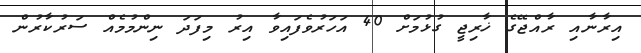
އިރާނާއި ރާއްޖޭގެ ޚާރިޖީ ގުޅުމަށް 40 އަހަރުވެފައިވާ އިރު މިފަދަ ނިންމުމެއް ސަރުކާރުން